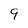
Character: 9